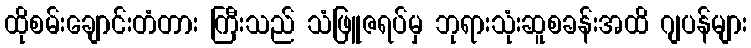
ထိုစမ်းချောင်းတံတား ကြီးသည် သံဖြူဇရပ်မှ ဘုရားသုံးဆူစခန်းအထိ ဂျပန်များ